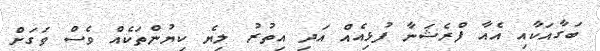
ބަގާއަކާއި އެއާ ފްރެޝަނާ ފުޅިއެއް އަދި އިތުރު ލިޔެ ކިޔުންތަކެއް ވެސް ވަގަށް